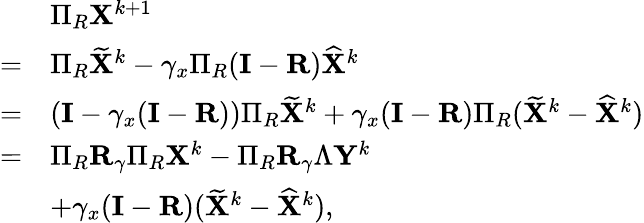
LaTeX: \begin{array}{rl}&{\Pi_{R}{\mathbf{X}}^{k+1}}\\ {=}&{\Pi_{R}\widetilde{{\mathbf{X}}}^{k}-\gamma_{x}\Pi_{R}({\mathbf{I}}-{\mathbf{R}})\widehat{{\mathbf{X}}}^{k}}\\ {=}&{({\mathbf{I}}-\gamma_{x}({\mathbf{I}}-{\mathbf{R}}))\Pi_{R}\widetilde{{\mathbf{X}}}^{k}+\gamma_{x}({\mathbf{I}}-{\mathbf{R}})\Pi_{R}(\widetilde{{\mathbf{X}}}^{k}-\widehat{{\mathbf{X}}}^{k})}\\ {=}&{\Pi_{R}{\mathbf{R}}_{\gamma}\Pi_{R}{\mathbf{X}}^{k}-\Pi_{R}{\mathbf{R}}_{\gamma}\Lambda{\mathbf{Y}}^{k}}\\ &{+\gamma_{x}({\mathbf{I}}-{\mathbf{R}})(\widetilde{{\mathbf{X}}}^{k}-\widehat{{\mathbf{X}}}^{k}),}\end{array}